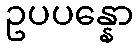
ဥပပန္နော